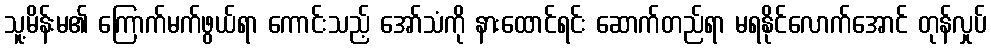
သူ့မိန်းမ၏ ကြောက်မက်ဖွယ်ရာ ကောင်းသည့် အော်သံကို နားထောင်ရင်း ဆောက်တည်ရာ မရနိုင်လောက်အောင် တုန်လှုပ်